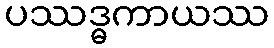
ပဿဒ္ဓကာယဿ